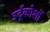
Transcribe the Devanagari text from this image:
उर्दूकोशों